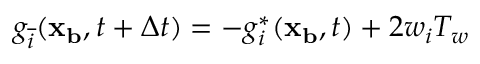
g _ { \overline { { i } } } ( \mathbf { x _ { b } } , t + \Delta t ) = - g _ { i } ^ { * } ( \mathbf { x _ { b } } , t ) + 2 w _ { i } T _ { w }